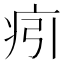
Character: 㽼